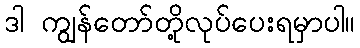
ဒါ ကျွန်တော်တို့လုပ်ပေးရမှာပါ။